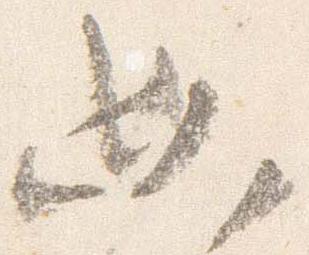
必